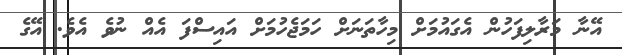
އޭނާ މަރާލިފަހުން އެގައުމަށް މިހާތަނަށް ހަމަޖެހުމަށް އައިސްފަ އެއް ނުވެ އެވެ. އޭގެ